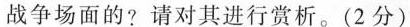
战争场面的?请对其进行赏析。(2分)